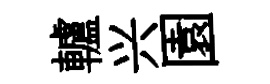
轤兴園